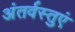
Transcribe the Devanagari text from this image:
अंतर्वस्तुएं